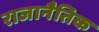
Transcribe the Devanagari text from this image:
राजानैतिक